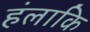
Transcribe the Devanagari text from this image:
हंलाकि